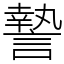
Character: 謺